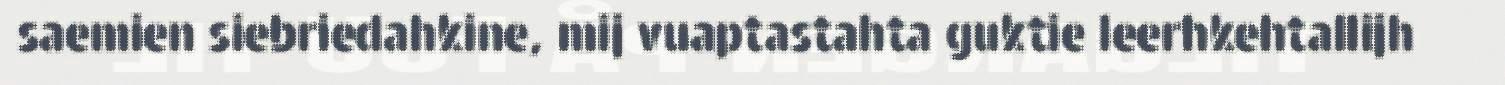
saemien siebriedahkine, mij vuaptastahta guktie leerhkehtallijh